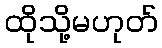
ထိုသို့မဟုတ်